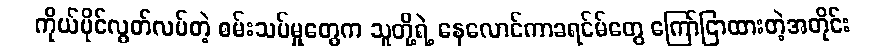
ကိုယ်ပိုင်လွတ်လပ်တဲ့ စမ်းသပ်မှုတွေက သူတို့ရဲ့ နေလောင်ကာခရင်မ်တွေ ကြော်ငြာထားတဲ့အတိုင်း